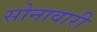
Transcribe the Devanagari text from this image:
सोनावारी